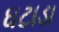
ઘટાડા